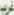
غريب